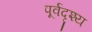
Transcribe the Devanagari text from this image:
पूर्वदृश्य